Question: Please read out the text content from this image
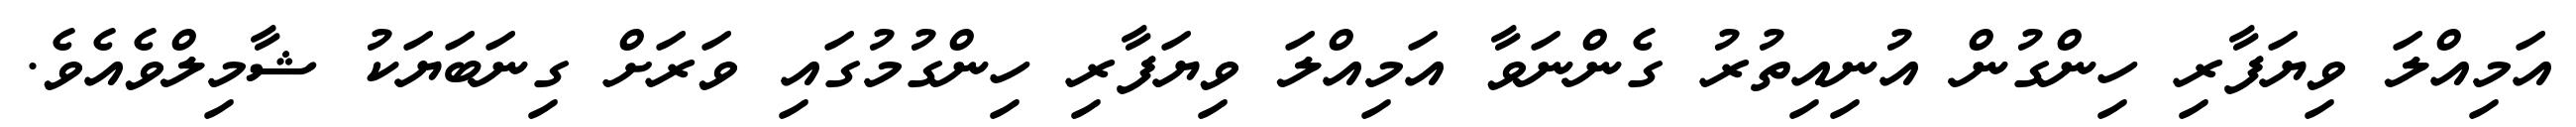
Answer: އަމިއްލަ ވިޔަފާރި ހިންގުން އުނިއިތުރު ގެންނަވާ އަމިއްލަ ވިޔަފާރި ހިންގުމުގައި ވަރަށް ގިނަބަޔަކު ޝާމިލްވެއެވެ.